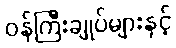
ဝန်ကြီးချုပ်များနှင့်